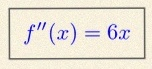
f''(x)=6x